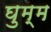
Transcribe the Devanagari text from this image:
घुम्म